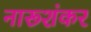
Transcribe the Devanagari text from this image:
नारूशंकर